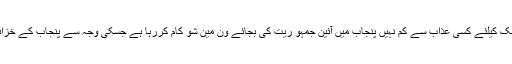
اپوزیشن لیڈر میاں محمودالر شید نے کہا کہ (ن) لیگ ملک کیلئے کسی عذاب سے کم نہیں پنجاب میں آئین جمہو ریت کی بجائے ون مین شو کام کررہا ہے جسکی وجہ سے پنجاب کے خزانہ خالی اور قوم اربوں روپے کی مقروض ہو رہی ہے ۔